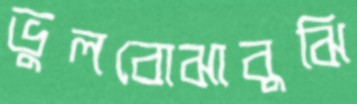
ভুলবোঝাবুঝি